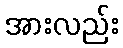
အားလည်း